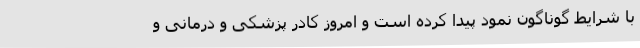
با شرایط گوناگون نمود پیدا کرده است و امروز کادر پزشکی و درمانی و